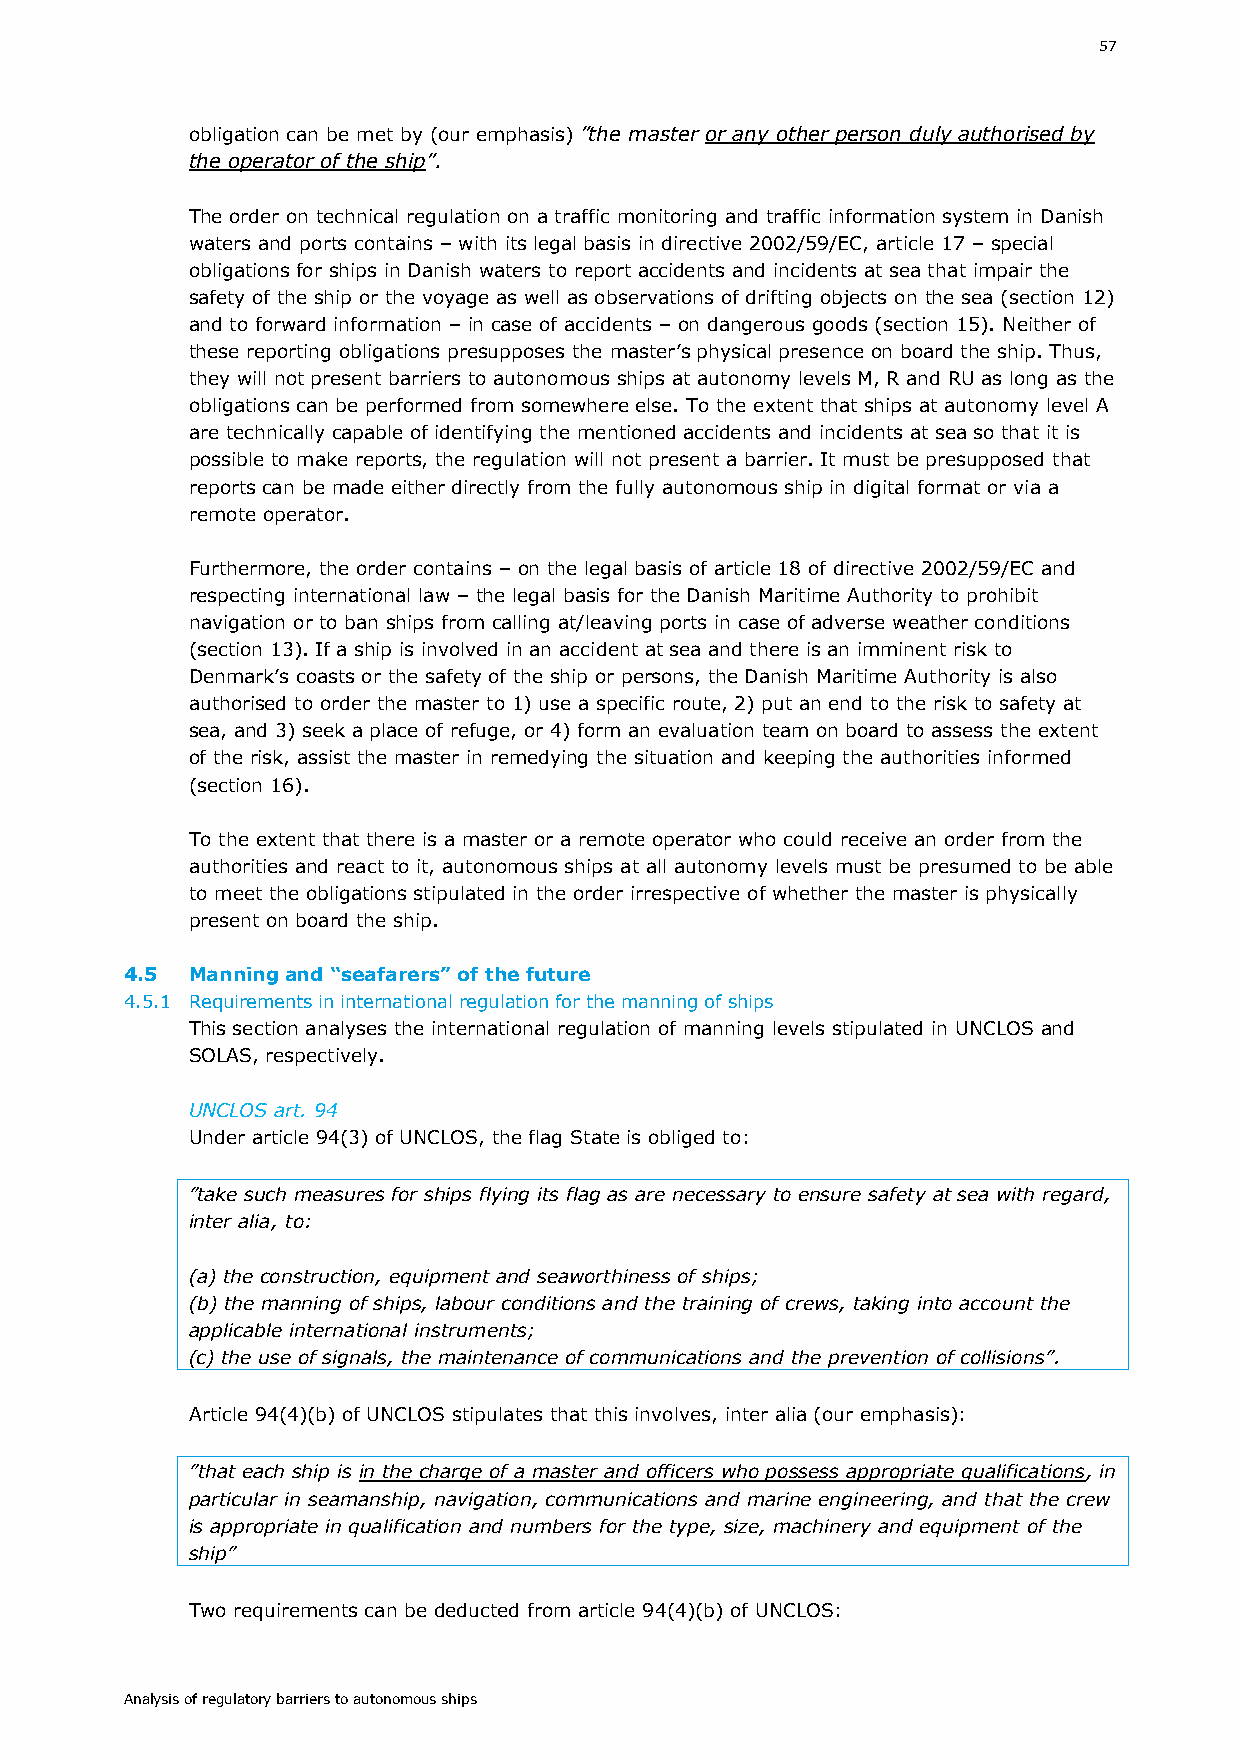
57
 obligation can be met by (our emphasis) ”the master or any other person duly authorised by
 the operator of the ship”.
 The order on technical regulation on a traffic monitoring and traffic information system in Danish
 waters and ports contains – with its legal basis in directive 2002/59/EC, article 17 – special
 obligations for ships in Danish waters to report accidents and incidents at sea that impair the
 safety of the ship or the voyage as well as observations of drifting objects on the sea (section 12)
 and to forward information – in case of accidents – on dangerous goods (section 15). Neither of
 these reporting obligations presupposes the master’s physical presence on board the ship. Thus,
 they will not present barriers to autonomous ships at autonomy levels M, R and RU as long as the
 obligations can be performed from somewhere else. To the extent that ships at autonomy level A
 are technically capable of identifying the mentioned accidents and incidents at sea so that it is
 possible to make reports, the regulation will not present a barrier. It must be presupposed that
 reports can be made either directly from the fully autonomous ship in digital format or via a
 remote operator.
 Furthermore, the order contains – on the legal basis of article 18 of directive 2002/59/EC and
 respecting international law – the legal basis for the Danish Maritime Authority to prohibit
 navigation or to ban ships from calling at/leaving ports in case of adverse weather conditions
 (section 13). If a ship is involved in an accident at sea and there is an imminent risk to
 Denmark’s coasts or the safety of the ship or persons, the Danish Maritime Authority is also
 authorised to order the master to 1) use a specific route, 2) put an end to the risk to safety at
 sea, and 3) seek a place of refuge, or 4) form an evaluation team on board to assess the extent
 of the risk, assist the master in remedying the situation and keeping the authorities informed
 (section 16).
 To the extent that there is a master or a remote operator who could receive an order from the
 authorities and react to it, autonomous ships at all autonomy levels must be presumed to be able
 to meet the obligations stipulated in the order irrespective of whether the master is physically
 present on board the ship.
 4.5 Manning and “seafarers” of the future
 4.5.1 Requirements in international regulation for the manning of ships
 This section analyses the international regulation of manning levels stipulated in UNCLOS and
 SOLAS, respectively.
 UNCLOS art. 94
 Under article 94(3) of UNCLOS, the flag State is obliged to:
 ”take such measures for ships flying its flag as are necessary to ensure safety at sea with regard,
 inter alia, to:
 (a) the construction, equipment and seaworthiness of ships;
 (b) the manning of ships, labour conditions and the training of crews, taking into account the
 applicable international instruments;
 (c) the use of signals, the maintenance of communications and the prevention of collisions”.
 Article 94(4)(b) of UNCLOS stipulates that this involves, inter alia (our emphasis):
 ”that each ship is in the charge of a master and officers who possess appropriate qualifications, in
 particular in seamanship, navigation, communications and marine engineering, and that the crew
 is appropriate in qualification and numbers for the type, size, machinery and equipment of the
 ship”
 Two requirements can be deducted from article 94(4)(b) of UNCLOS:
 Analysis of regulatory barriers to autonomous ships